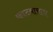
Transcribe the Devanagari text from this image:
फाटय़ाचाच